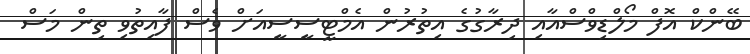
ބޭންކް އޮފް މޯލްޑިވްސްއާއި ދިރާގުގެ އިތުރުން އެމްޓީސީސީއަށް ވެސް ފާއިތުވި ތިން މަސް